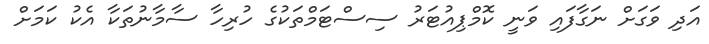
އަދި ވަގަށް ނަގާފައި ވަނީ ކޮމްޕިއުޓަރު ސިސްޓަމްތަކުގެ ހުރިހާ ސާމާނުތަކާ އެކު ކަމަށް